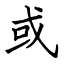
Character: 或